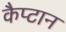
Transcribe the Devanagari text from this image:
कैप्टान